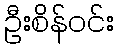
ဦးစိန်ဝင်း